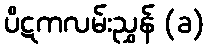
ပိဋကလမ်းညွှန် (ခ)